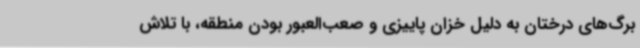
برگ‌های درختان به‌ دلیل خزان پاییزی و صعب‌العبور بودن منطقه، با تلاش